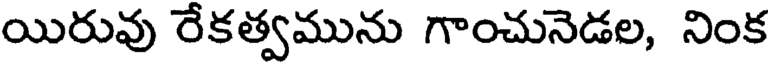
యిరువు రేకత్వమును గాంచునెడల, నింక